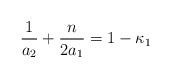
LaTeX: \begin{align*}\frac{1}{a_2}+\frac{n}{2a_1}=1-\kappa_1\end{align*}